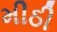
મીઠી